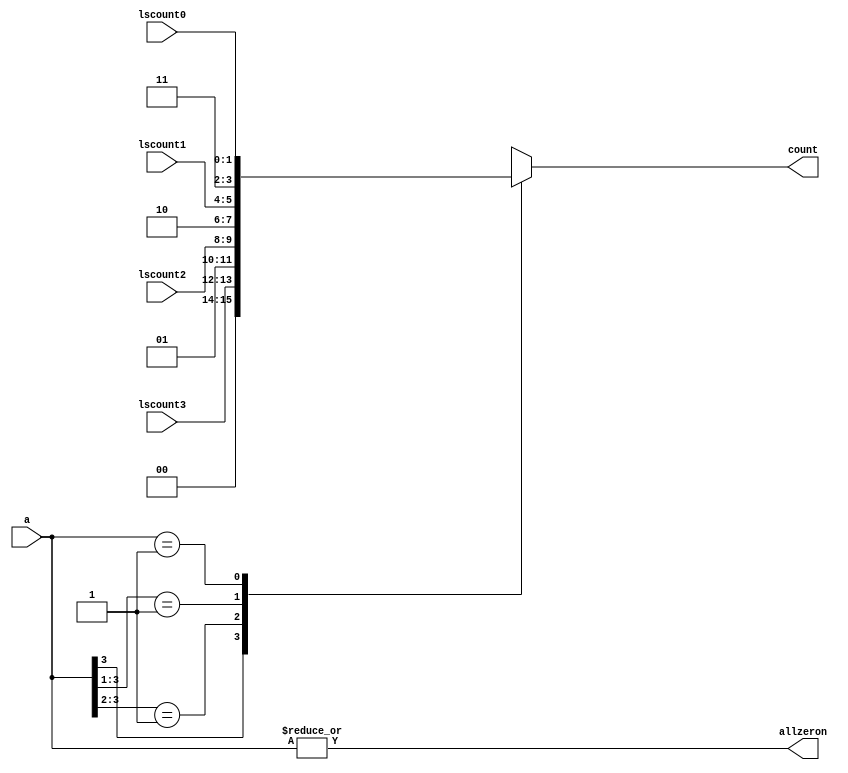
module m14k_edp_clz_4b(
	count,
	allzeron,
	lscount0,
	lscount1,
	lscount2,
	lscount3,
	a);
 /*AUTOARG()*/

   output [3:0] count;
   output 	allzeron;
   
   input [1:0]  lscount0;
   input [1:0]  lscount1;
   input [1:0]  lscount2;
   input [1:0]  lscount3;
   input [3:0]  a;

// BEGIN Wire declarations made by MVP
// END Wire declarations made by MVP


   /*AUTOWIRE*/
   // Beginning of automatic wires (for undeclared instantiated-module outputs)
   // Beginning of automatic wires (for undeclared assign signals)
   wire			allzeron;
   wire [3:0]		count;
   // End of automatics

   assign 		allzeron = (|a);
   assign 		count[3:0] = countf(lscount0, lscount1, lscount2, lscount3, a);

   //
   function [3:0] countf;
      input [1:0]  lscount0;
      input [1:0]  lscount1;
      input [1:0]  lscount2;
      input [1:0]  lscount3;
      input [3:0]  a;
      begin
	 casez(a)
	   4'b1???: begin
	      countf = {2'b00,lscount3};
	   end
	   4'b01??: begin
	      countf = {2'b01,lscount2};
	   end
	   4'b001?: begin
	      countf = {2'b10,lscount1};
	   end
	   4'b0001: begin
	      countf = {2'b11,lscount0};
	   end
	   default: begin
	      countf = 4'bxxxx;
	   end
	 endcase
      end
   endfunction // countf
  //
   
endmodule